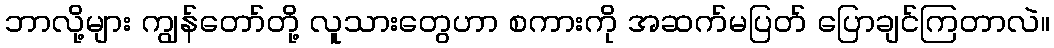
ဘာလို့များ ကျွန်တော်တို့ လူသားတွေဟာ စကားကို အဆက်မပြတ် ပြောချင်ကြတာလဲ။